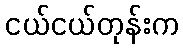
ငယ်ငယ်တုန်းက